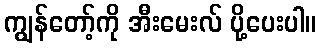
ကျွန်တော့်ကို အီးမေးလ် ပို့ပေးပါ။